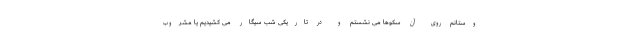
وستانم روی آن سکوها می نشستم و در تاریکی شب سیگار می کشیدیم یا مشروب